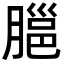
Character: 𦞡